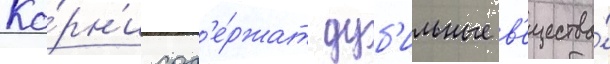
Ко́рн'и сод'е́ржат дуб'ильные в'ещества́